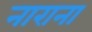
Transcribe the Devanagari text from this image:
नाराना